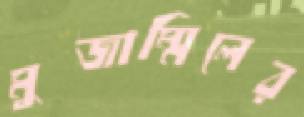
মুজাম্মিলের